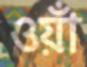
ওয়াঁ